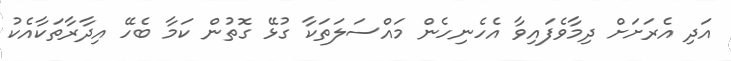
އަދި އެރަށަށް ދިމާވެފައިވާ އެހެނިހެން މައްސަލަތަކާ ގުޅޭ ގޮތުން ކަމާ ބެހޭ އިދާރާތަކާއެކު